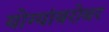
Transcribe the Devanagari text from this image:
योग्यांबरोबर